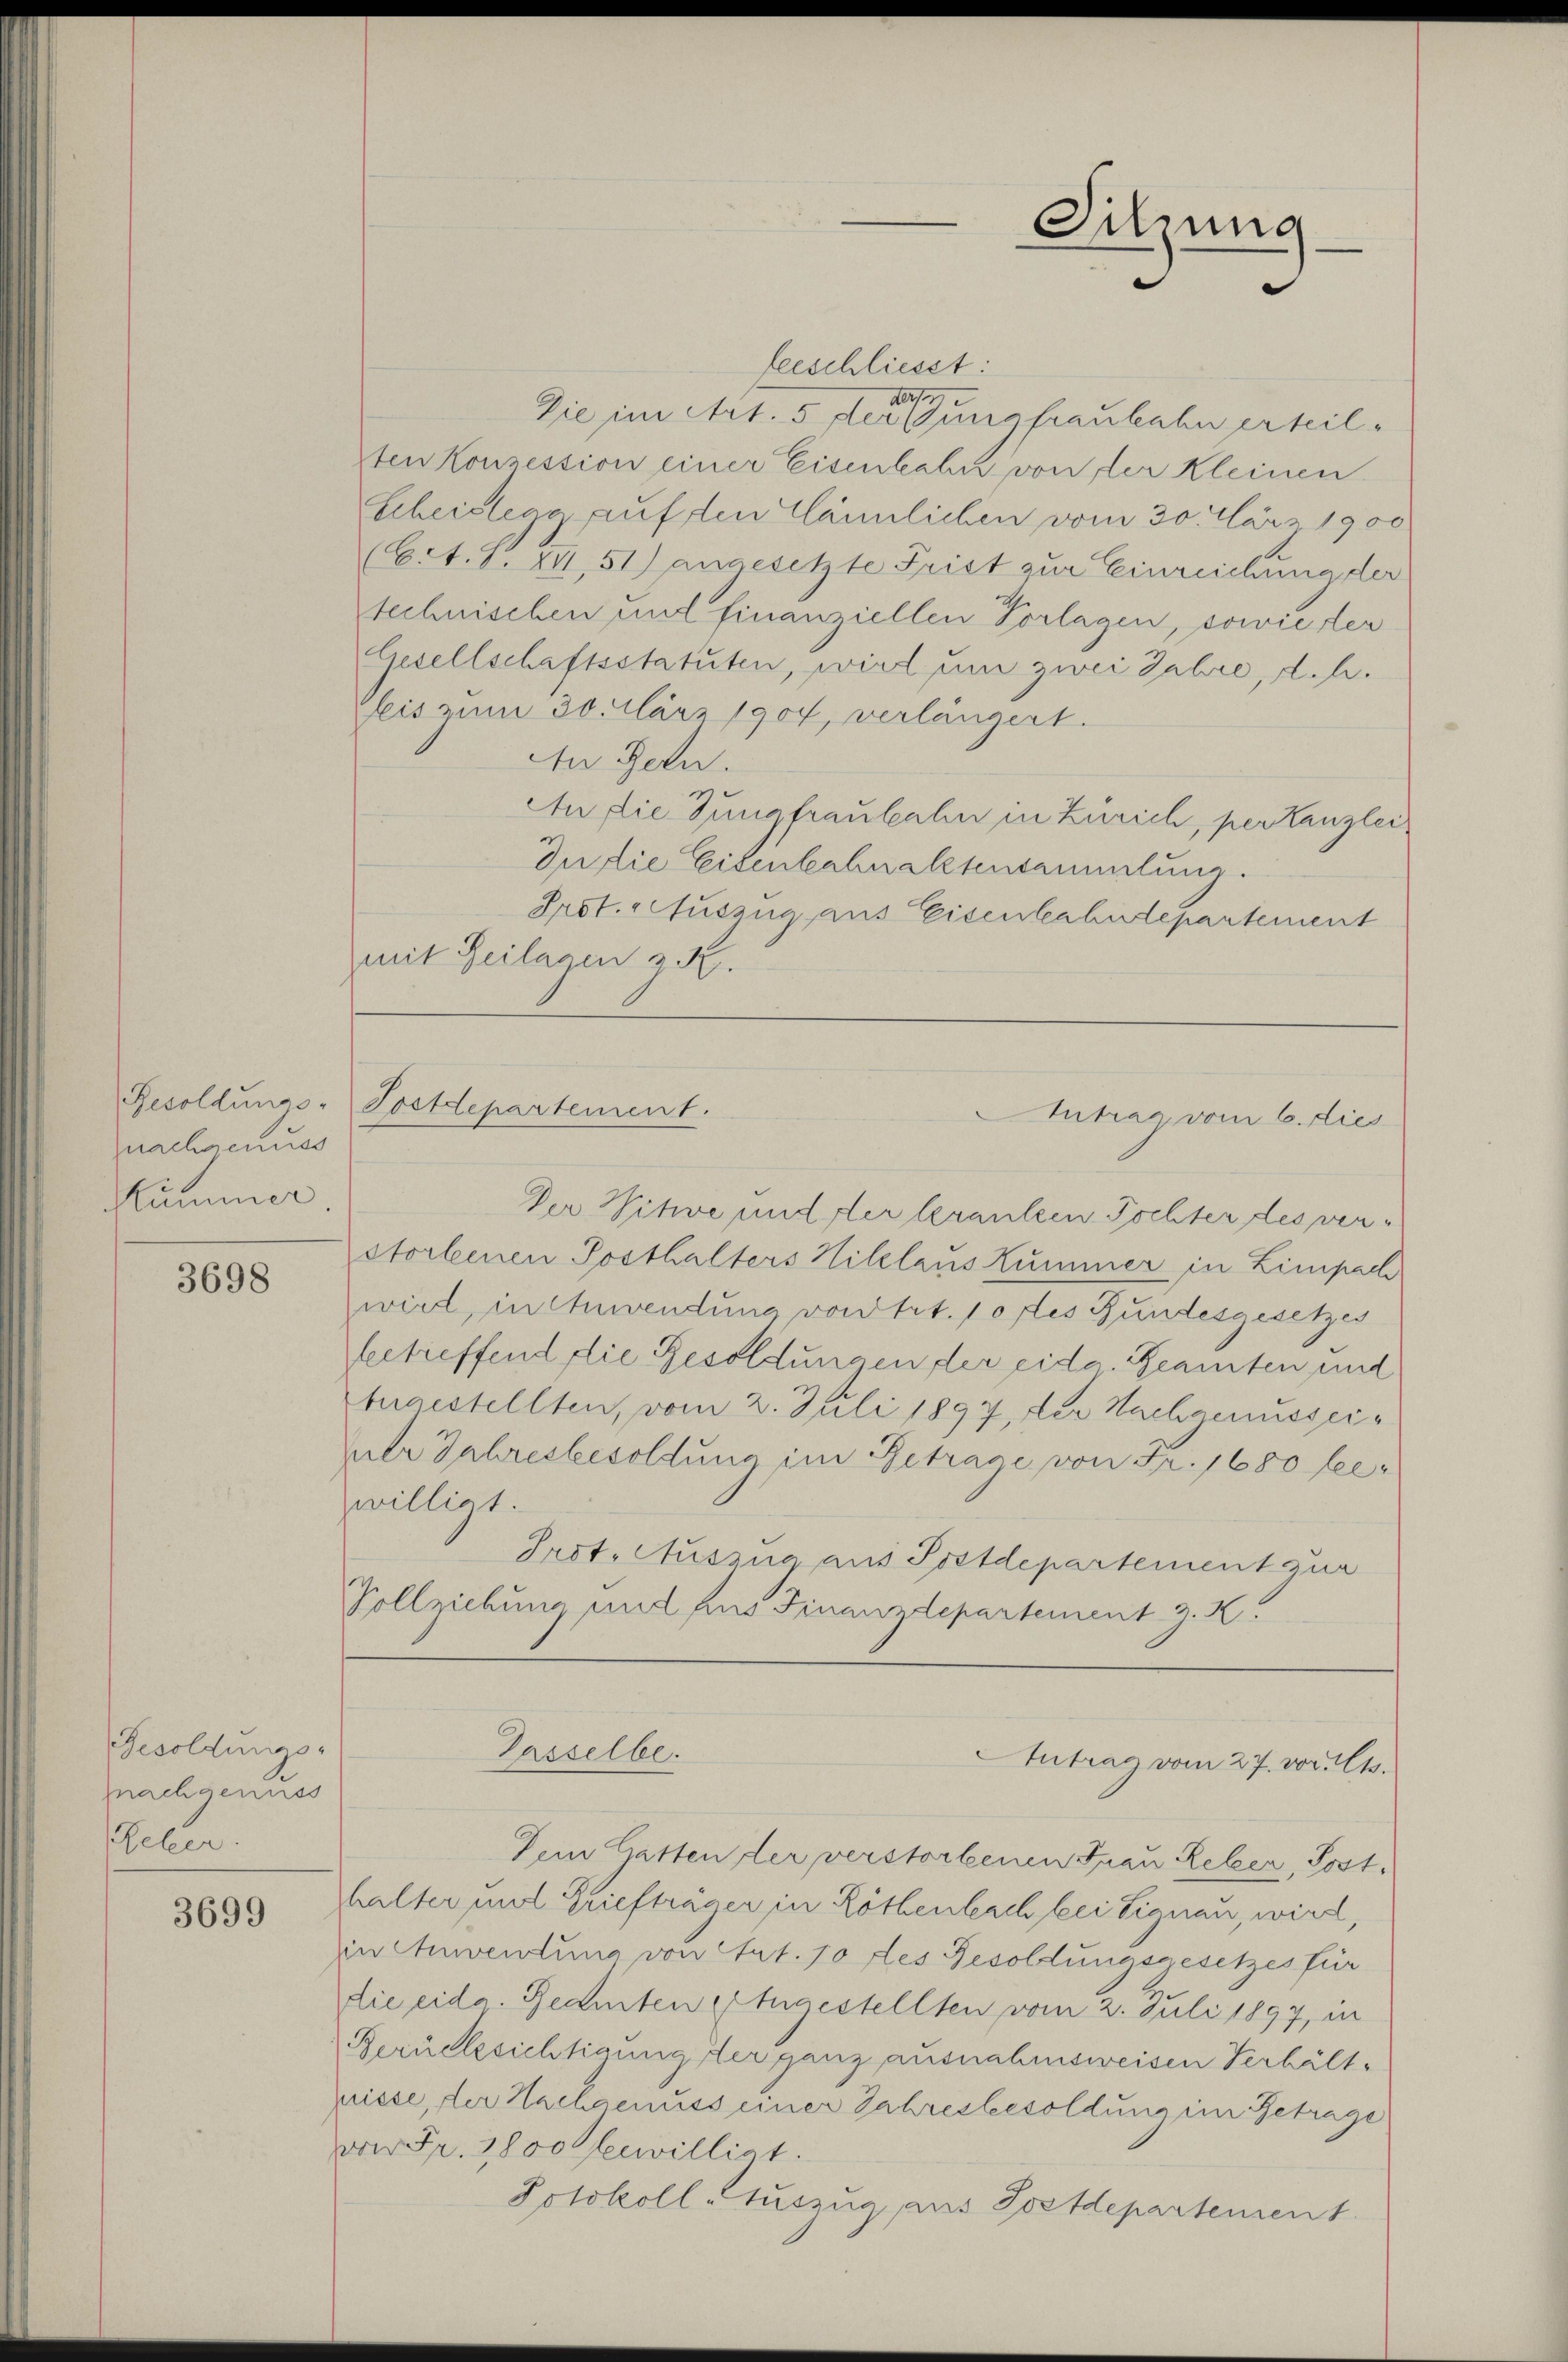
nachgenuss
Kummer.

3698

Besoldungs-
znachgenuss
eleer.

3699

beeschliesst:
1077
Die im Art. 5 der Jungfraubahn erteilten Konzession einer Eisenbahn von der Kleinen
Scheidegg auf den Cännlichen vom 30. März 1900
(Ect. S. XII, 51) angesetzte Frist zur Einreichung der
technischen und finanziellen Vorlagen, sowie der
Gesellschaftsstatuten, wird um zwei Jahre, d.h.
eis zum 30. März 1904, verlängert.
An Gern.
An die Jungfraubahn in Zürich, per Kanzlei
In die Eisenbahn altendammlung.
Prot. Auszug aus Eisenbahndepartement
mit Beilagen z. B.

Resoldungs-Tostdepartement.

Der Witwe und der kranken Tochter des verstorbenen Posthalters Hiklaus Kummer in Limpach
wird, in Anwendung von Art. 10 des Bundesgesetzes
betreffend die Besoldungen der eida. Beamten und
tugestellten, vom 2. Juli 1897, der Nachgenusserer Jahresbesoldung im Betrage von Fr. 1680 feewilligt.
Prot. Auszug aus Postdepartement zur
Vollziehung und fins Finanzdepartement z. K.

Passelbe.

Sitzung

Intrag vom 6. dies

Antrag vom 27. vor. Mts.

Dein Gatten der verstorbenen Frau Reber, Posthalter und Briefträger in Röthenbach bei Signau, wird,
in Anwendung von Art. 10 des Besoldungsgesetzes für
die eidg. Redinten Angestellten vom 2. Juli 1897, in
Berücksichtigung der ganz ausnahmsweisen Verhältpisse, der Nachgenuss einer Jahresbesoldung im Betrage
von Fr. 2800 bewilligt.
Jotokoll -Auszug aus Postdepartement.